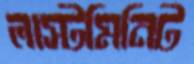
লাস্টমিনিট